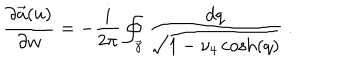
{ \frac { \partial \vec { a } ( u ) } { \partial w } } = - { \frac { i } { 2 \pi } } \oint _ { \vec { \gamma } } { \frac { d q } { \sqrt { 1 - \nu _ { 4 } \cosh ( q ) } } } \ .